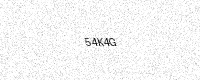
Text: 54K4G